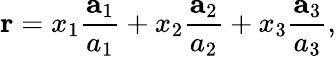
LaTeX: \mathbf{r}=x_{1}{\frac{\mathbf{a}_{1}}{a_{1}}}+x_{2}{\frac{\mathbf{a}_{2}}{a_{2}}}+x_{3}{\frac{\mathbf{a}_{3}}{a_{3}}},